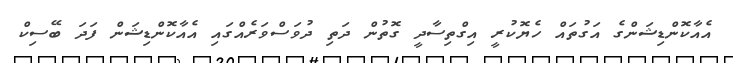
އެއާކޮންޑިޝަންގެ އަގުތައް ހެޔޮކުރީ އިގްތިސާދީ ގޮތުން ދަތި ދުވަސްވަރެއްގައި އެއާކޮންޑިޝަން ފަދަ ބޭސިކް